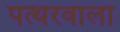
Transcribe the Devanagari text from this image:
पत्थरवाला